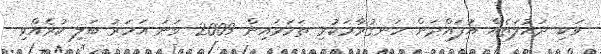
ވަކި ދައުލަތެއް އުފައްދަން ހަނގުރާމަކުރި ތަމަޅައިން 2009 ވަނަ އަހަރު ބަލި ކުރެއްވި